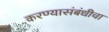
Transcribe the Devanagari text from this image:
करण्यासंबंधीचा